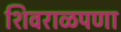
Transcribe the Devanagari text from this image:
शिवराळपणा